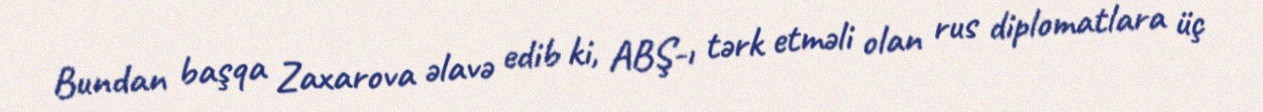
Bundan başqa Zaxarova əlavə edib ki, ABŞ-ı tərk etməli olan rus diplomatlara üç